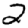
Digit: 2